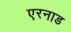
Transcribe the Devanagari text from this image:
एरनाड